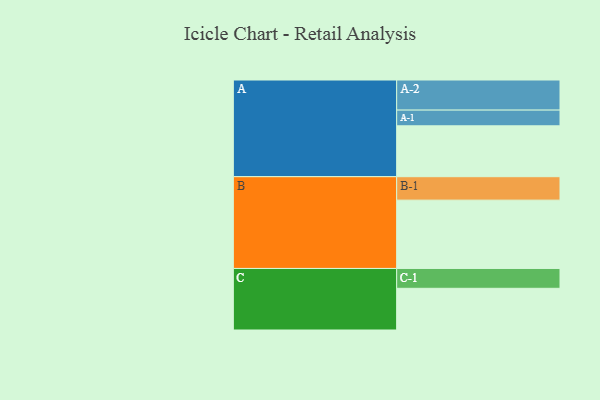
{"axis": {"x": "Segment", "y": "Value"}, "legend": ["", "A", "B", "C"], "data": [{"x": "A", "y": 382, "type": ""}, {"x": "B", "y": 513, "type": ""}, {"x": "C", "y": 313, "type": ""}, {"x": "A-1", "y": 118, "type": "A"}, {"x": "A-2", "y": 226, "type": "A"}, {"x": "B-1", "y": 176, "type": "B"}, {"x": "C-1", "y": 149, "type": "C"}]}